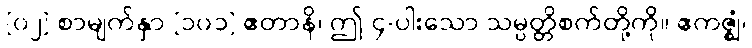
[၀၂] စာမျက်နှာ [၁၀၁] ဧတာနိ၊ ဤ ၄-ပါးသော သမ္ပတ္တိစက်တို့ကို။ ဧကဇ္ဈံ၊